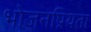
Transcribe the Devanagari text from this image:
भोजनप्रियता